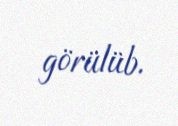
görülüb.